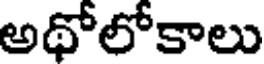
అథోలోకాలు